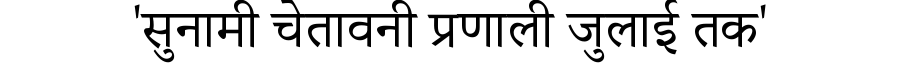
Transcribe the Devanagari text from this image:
'सुनामी चेतावनी प्रणाली जुलाई तक'